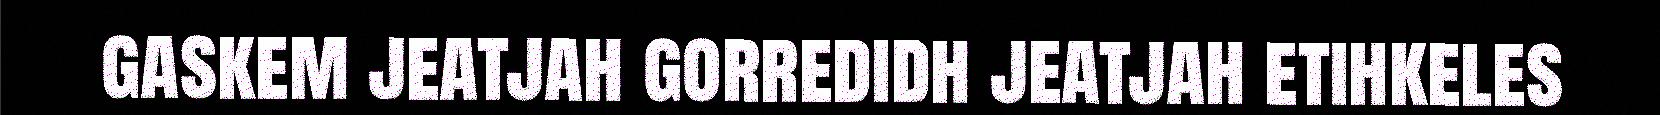
gaskem jeatjah gorredidh jeatjah etihkeles